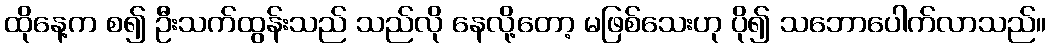
ထိုနေ့က စ၍ ဦးသက်ထွန်းသည် သည်လို နေလို့တော့ မဖြစ်သေးဟု ပို၍ သဘောပေါက်လာသည်။